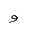
Letter: _waw